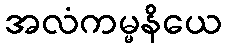
အလံကမ္မနိယေ